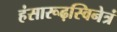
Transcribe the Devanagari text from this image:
हंसारूढ़स्विनेत्रं